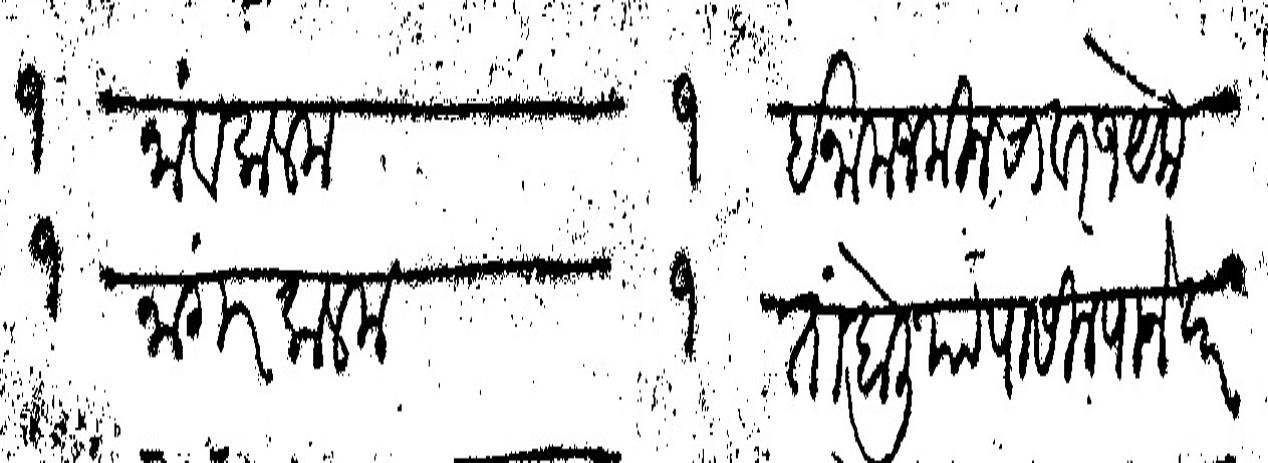
Transliteration (Devanagari): १ नांव कलम		       १ इनाम जमीन चावर १ येक नांगर कलम		       १ तांबोलियापासील पाने दर